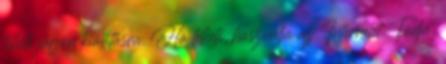
teheti járjon kiállításra. Ha teheti, használja az Internetet. Tudja,